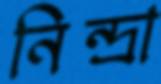
নিন্দ্রা